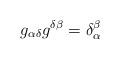
LaTeX: \begin{align*} g_{\alpha \delta}g^{\delta \beta} = \delta_{\alpha}^{\beta}\end{align*}